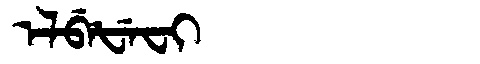
Manchu: ᡝᠯᠪᡝᡶᡝᠸᡳ
Romanization: ELBEFEFI